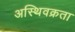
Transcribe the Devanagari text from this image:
अस्थिवक्रता